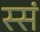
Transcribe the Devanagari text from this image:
स्सं